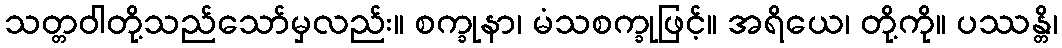
သတ္တဝါတို့သည်သော်မှလည်း။ စက္ခုနာ၊ မံသစက္ခုဖြင့်။ အရိယေ၊ တို့ကို။ ပဿန္တိ၊